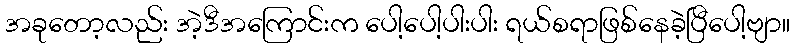
အခုတော့လည်း အဲ့ဒီအကြောင်းက ပေါ့ပေါ့ပါးပါး ရယ်စရာဖြစ်နေခဲ့ပြီပေါ့ဗျာ။